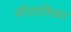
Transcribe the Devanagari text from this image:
कीतालिका